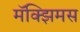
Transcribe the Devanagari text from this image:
मॅक्झिमस